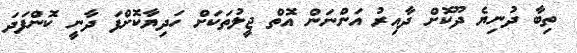
ތިބާ ދުނިޔެ ދޫކޮށް ދާއިރު އަންނަން އޮތް ޖީލުތަކަށް ހަދިޔާކޮށްފަ ދާނީ ކޮންފަދަ